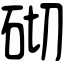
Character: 砌